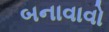
બનાવાવો